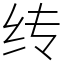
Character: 䌸